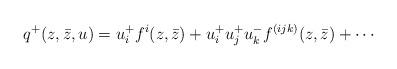
LaTeX: \begin{align*}q^{+} (z, \bar z, u) =u^{+}_{i}f^{i}(z,\bar z)+u^{+}_{i}u^{+}_{j}u^{-}_{k} f^{(ijk)}(z, \bar z)+\cdots\end{align*}